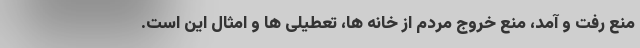
منع رفت و آمد، منع خروج مردم از خانه ها، تعطیلی ها و امثال این است.